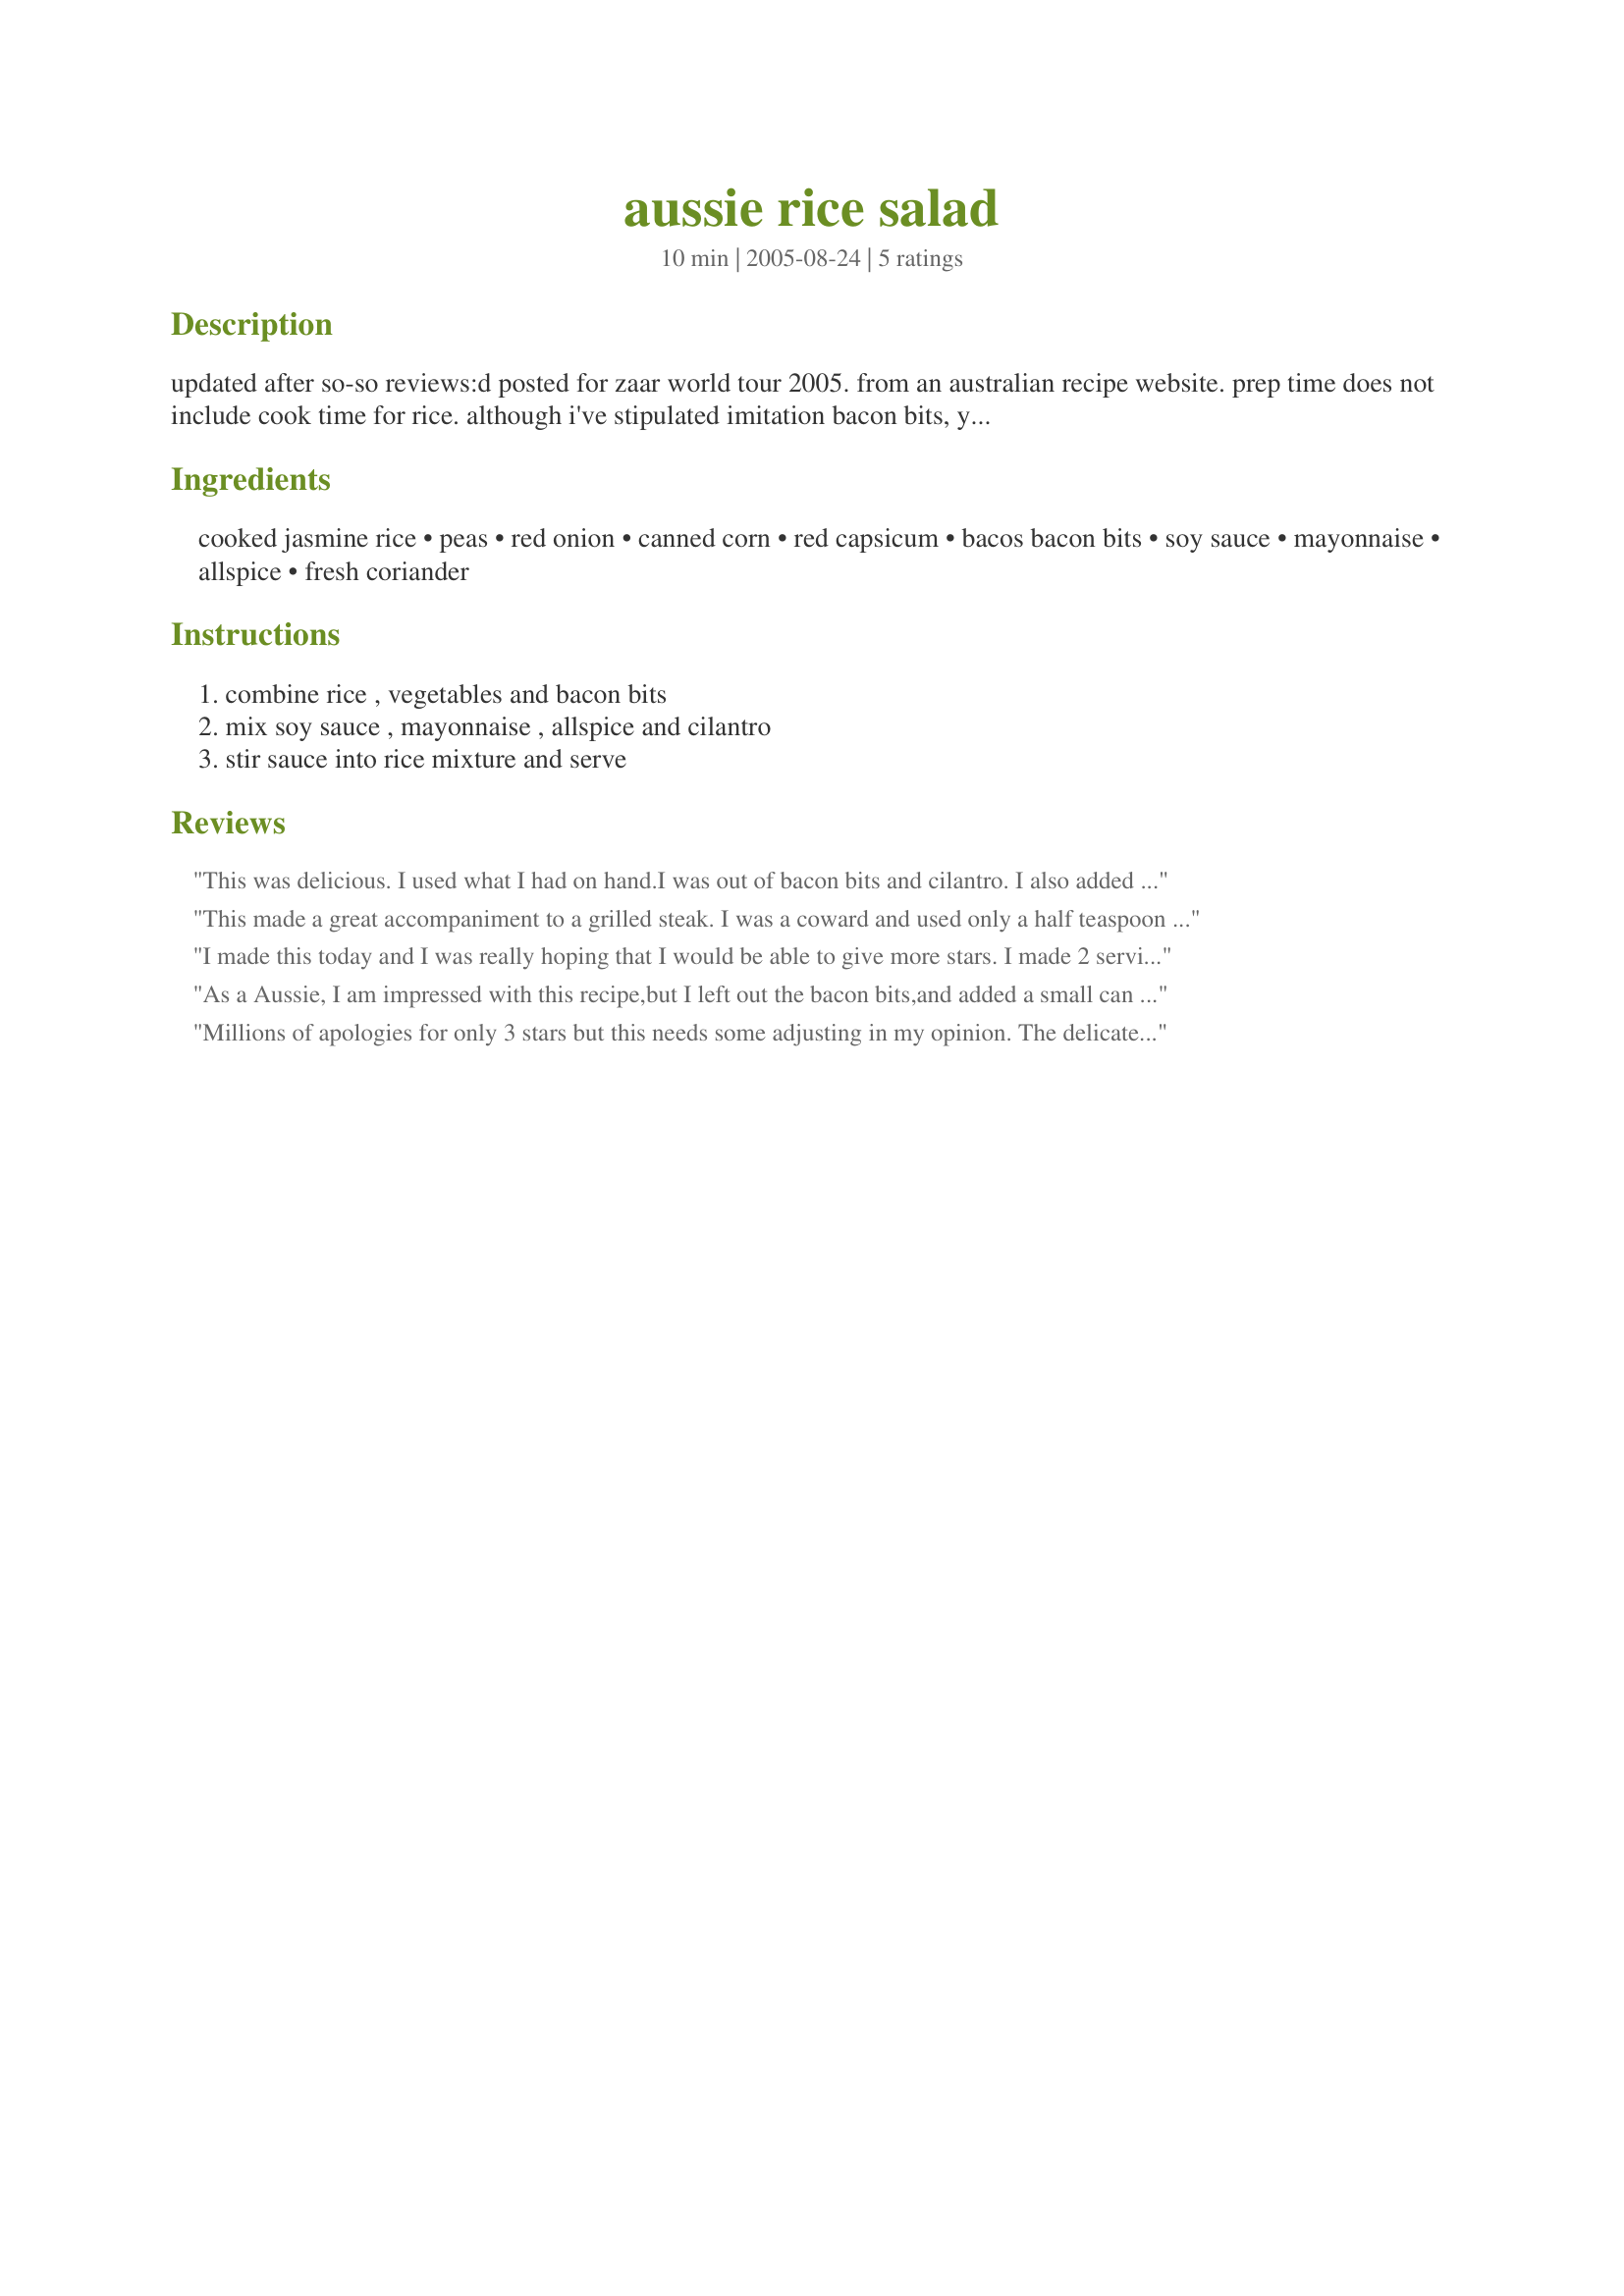
aussie rice salad
Preparation time: 10 minutes

updated after so-so reviews:d posted for zaar world tour 2005. from an australian recipe website. prep time does not include cook time for rice. although i've stipulated imitation bacon bits, you are welcome to use real bacon if you'd prefer. update: i finally tweaked this to a satisfactory end, so if you'd still like to try this i recommend it. i reduced the soy sauce and allspice, and upped the mayonnaise a bit. i really don't like salads too big on mayonnaise, but i still thought this could do with a bit more. i also agreed that the allspice and onions were tasty together, and the vegetables added a pleasing sweetness. i think water chestnuts instead of the bacon bits would be nice too. thanks if you try this again!

Ingredients:
cooked jasmine rice, peas, red onion, canned corn, red capsicum, bacos bacon bits, soy sauce, mayonnaise, allspice, fresh coriander

Steps:
combine rice , vegetables and bacon bits, mix soy sauce , mayonnaise , allspice and cilantro, stir sauce into rice mixture and serve

Reviews:
This was delicious. I used what I had on hand.I was out of bacon bits and cilantro. I also added some diced yellow bellpeppers as well as some red. I was afraid the alspice would over power, so I only added 1/4 teaspoon because I only had 2 cups of rice, so I think that evened it out. My husband and the kids liked this dish. I DID serve it warm instead of cold(I assumed that was how it was supposed to be served) Anyway, it was delicious and I'll be making it again.
This made a great accompaniment to a grilled steak. I was a coward and used only a half teaspoon of allspice but the flavor was so mild it probably would have been fine with the full teaspoon. My "small" red onion must have been too big, because I only used half of it and that was more than enough. This is a really pretty side dish... so colorful, even without the peas (I forgot to add them). I made the mistake of cooking 3 cups of raw rice (it makes a LOT of rice!) but luckily I figured out my mistake before I mixed everything up. All in all, DH and I really enjoyed this.
I made this today and I was really hoping that I would be able to give more stars. I made 2 servings and cut rhe allspice to a very scant 1/2 tsp and that was fine. For me it was the soy sauce that I wasn't nuts about in this recipe. I would use a bit of salt in the future. Loved the Bacon Bits in this and I think they are the star flavor here. Also I used Maui sweet onion and brown rice. The allspice and sweet onion went very well together. The colors made this very appealing and I will make this again but without the soy sauce.
As a Aussie, I am impressed with this recipe,but I left out the bacon bits,and added a small can of
 water chesnuts chopped.
Millions of apologies for only 3 stars but this needs some adjusting in my opinion. The delicate flavor of the jasmine rice is completely lost in the soy sauce. The dressing is odd - 1TB of allspice? It's not totally horrible - it tastes ok, 1 child loved it, the other wouldn't touch it. Regular rice would work just fine & maybe just a tsp of allspice & less soy sauce? Of course, the bacon was *my* favorite part. ;)
